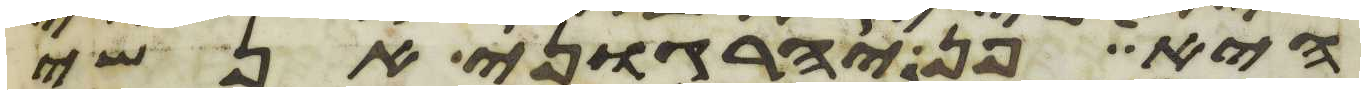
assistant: היא פן יהרגוני אנשי